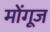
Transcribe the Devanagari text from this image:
मोंगूज